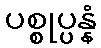
ပစ္စုပ္ပန္နံ